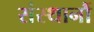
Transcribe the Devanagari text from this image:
संस्थानौं